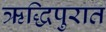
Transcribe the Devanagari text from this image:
ऋद्धिपुरात